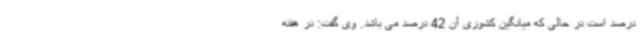
درصد است در حالی که میانگین کشوری آن 42 درصد می باشد. وی گفت: در هفته